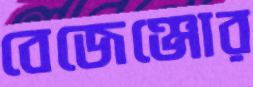
বেজেঞ্জোর